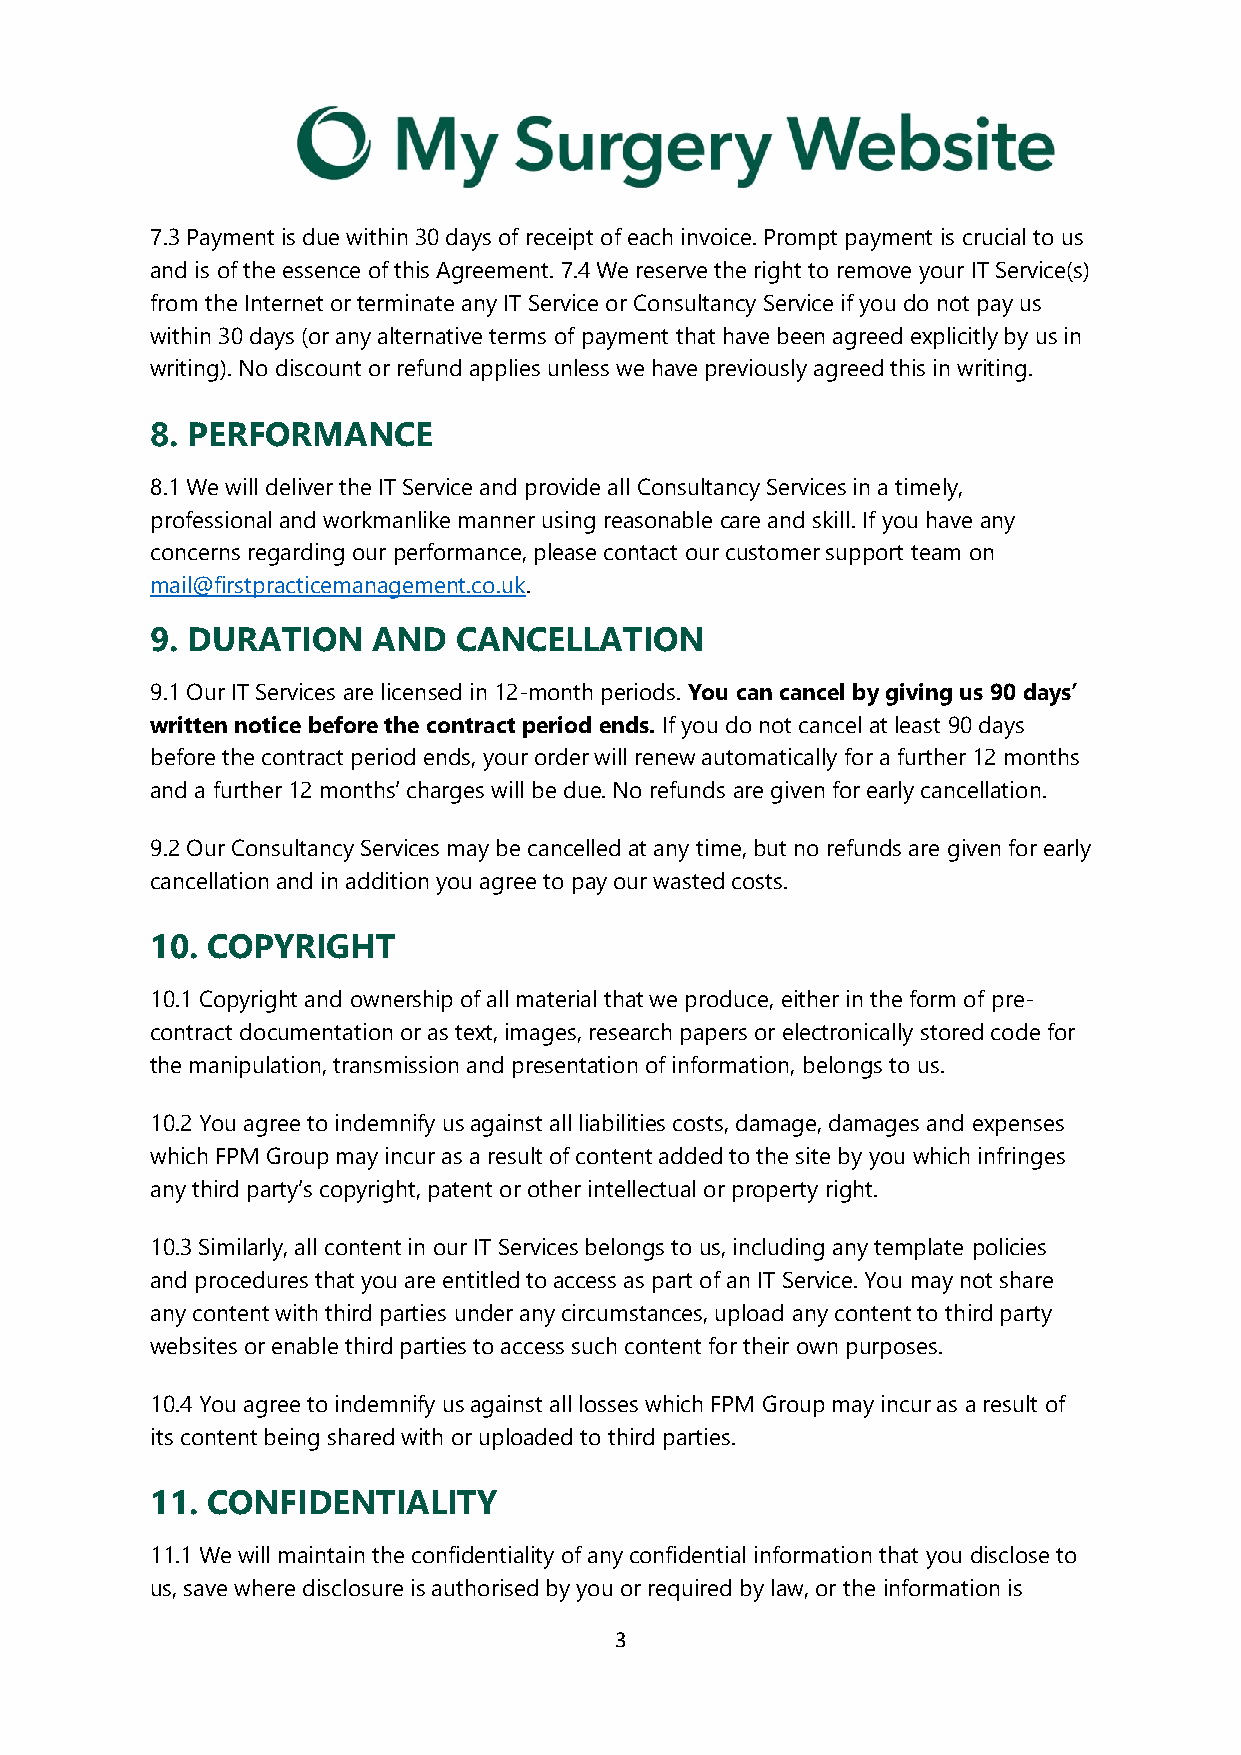
7.3 Payment is due within 30 days of receipt of each invoice. Prompt payment is crucial to us
 and is of the essence of this Agreement. 7.4 We reserve the right to remove your IT Service(s)
 from the Internet or terminate any IT Service or Consultancy Service if you do not pay us
 within 30 days (or any alternative terms of payment that have been agreed explicitly by us in
 writing). No discount or refund applies unless we have previously agreed this in writing.
 8. PERFORMANCE
 8.1 We will deliver the IT Service and provide all Consultancy Services in a timely,
 professional and workmanlike manner using reasonable care and skill. If you have any
 concerns regarding our performance, please contact our customer support team on
 mail@firstpracticemanagement.co.uk.
 9. DURATION    AND  CANCELLATION
 9.1 Our IT Services are licensed in 12-month periods. You can cancel by giving us 90 days’
 written notice before the contract period ends. If you do not cancel at least 90 days
 before the contract period ends, your order will renew automatically for a further 12 months
 and a further 12 months’ charges will be due. No refunds are given for early cancellation.
 9.2 Our Consultancy Services may be cancelled at any time, but no refunds are given for early
 cancellation and in addition you agree to pay our wasted costs.
 10. COPYRIGHT
 10.1 Copyright and ownership of all material that we produce, either in the form of pre-
 contract documentation or as text, images, research papers or electronically stored code for
 the manipulation, transmission and presentation of information, belongs to us.
 10.2 You agree to indemnify us against all liabilities costs, damage, damages and expenses
 which FPM Group may incur as a result of content added to the site by you which infringes
 any third party’s copyright, patent or other intellectual or property right.
 10.3 Similarly, all content in our IT Services belongs to us, including any template policies
 and procedures that you are entitled to access as part of an IT Service. You may not share
 any content with third parties under any circumstances, upload any content to third party
 websites or enable third parties to access such content for their own purposes.
 10.4 You agree to indemnify us against all losses which FPM Group may incur as a result of
 its content being shared with or uploaded to third parties.
 11. CONFIDENTIALITY
 11.1 We will maintain the confidentiality of any confidential information that you disclose to
 us, save where disclosure is authorised by you or required by law, or the information is
 3